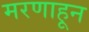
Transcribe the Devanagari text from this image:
मरणाहून